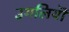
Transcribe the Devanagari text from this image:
उगलियॊं